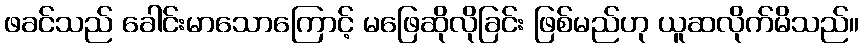
ဖခင်သည် ခေါင်းမာသောကြောင့် မဖြေဆိုလိုခြင်း ဖြစ်မည်ဟု ယူဆလိုက်မိသည်။